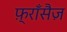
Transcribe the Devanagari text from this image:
फ़्राँसैज़